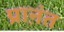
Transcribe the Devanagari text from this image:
प्राऩंत